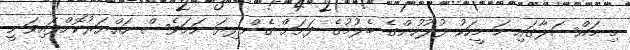
މި މައްސަލާގައި ހަ މީހަކު ފުލުހުންގެ ބެލުމުގެ ދަށަށް ގެންދިޔަ ނަމަވެސް ހައްޔަރުކޮށްފައިވަނީ